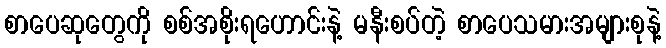
စာပေဆုတွေကို စစ်အစိုးရဟောင်းနဲ့ မနီးစပ်တဲ့ စာပေသမားအများစုနဲ့